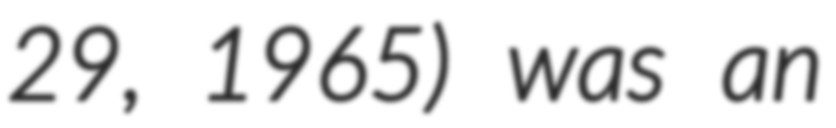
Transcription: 29, 1965) was an